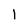
Character: l